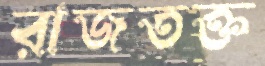
রাজতক্ত